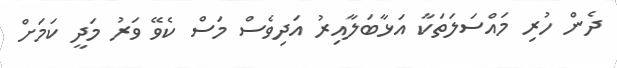
ދެން ހުރި މައްސަލަތަކާ އަޅާބަލާއިރު އަދިވެސް މަސް ކެވޭ ވަރު މަދީ ކަމަށް